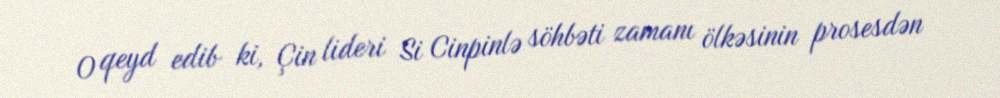
O qeyd edib ki, Çin lideri Si Cinpinlə söhbəti zamanı ölkəsinin prosesdən